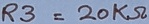
Text: R3=20KΩ